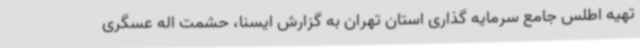
تهیه اطلس جامع سرمایه گذاری استان تهران به گزارش ایسنا، حشمت اله عسگری